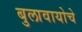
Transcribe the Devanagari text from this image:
बुलावायोचे